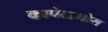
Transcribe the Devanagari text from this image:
कापेटानोस